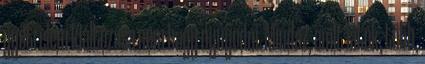
gyötrelem kiáltozása nem hagy nyugodni. Mindaz, amit látok, több,